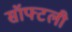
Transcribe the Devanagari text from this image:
सॉफ्टली